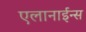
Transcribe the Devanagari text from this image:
एलानाईन्स